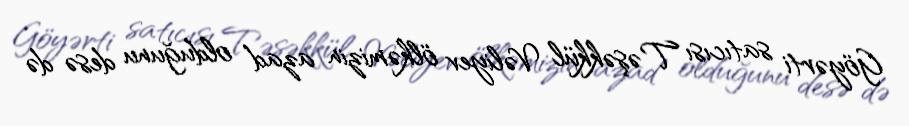
Göyərti satıcısı Təşəkkül Vəliyev ölkəmizin azad olduğunu desə də